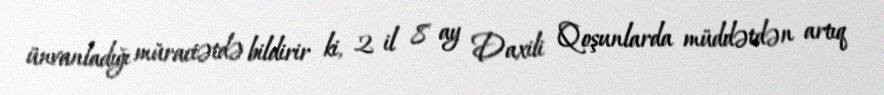
ünvanladığı müraciətdə bildirir ki, 2 il 8 ay Daxili Qoşunlarda müddətdən artıq